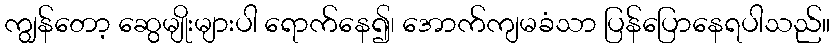
ကျွန်တော့ ဆွေမျိုးများပါ ရောက်နေ၍၊ အောက်ကျမခံသာ ပြန်ပြောနေရပါသည်။